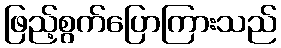
ဖြည့်စွက်ပြောကြားသည်